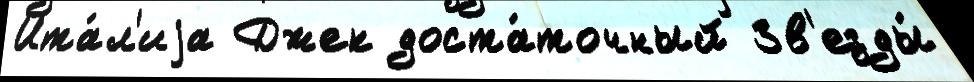
Ита́л'иjа Джек доста́точный Зв'езды́